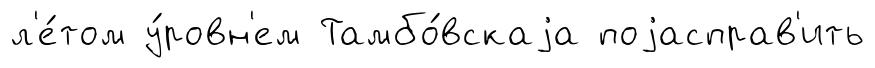
л'е́том у́ровн'ем Тамбо́вскаjа поjасправ'ить